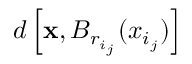
d \left[ \mathbf { x } , B _ { r _ { i _ { j } } } ( x _ { i _ { j } } ) \right]